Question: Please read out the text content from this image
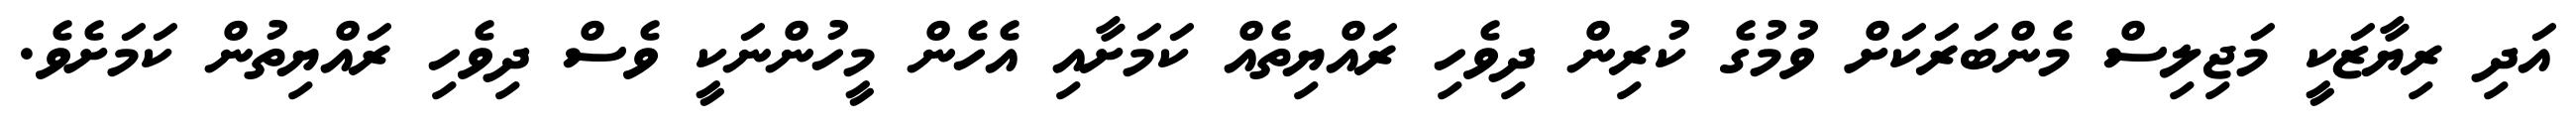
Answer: އަދި ރިޔާޒަކީ މަޖިލިސް މެންބަރަކަށް ވުމުގެ ކުރިން ދިވެހި ރައްޔިތެއް ކަމަށާއި އެހެން މީހުންނަކީ ވެސް ދިވެހި ރައްޔިތުން ކަމަށެވެ.